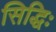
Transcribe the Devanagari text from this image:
सिद्धिः